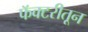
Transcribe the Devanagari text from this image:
फॅक्टरीतून